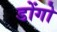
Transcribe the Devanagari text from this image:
डोंगो